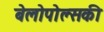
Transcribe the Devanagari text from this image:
बेलोपोल्सकी